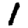
Digit: 1